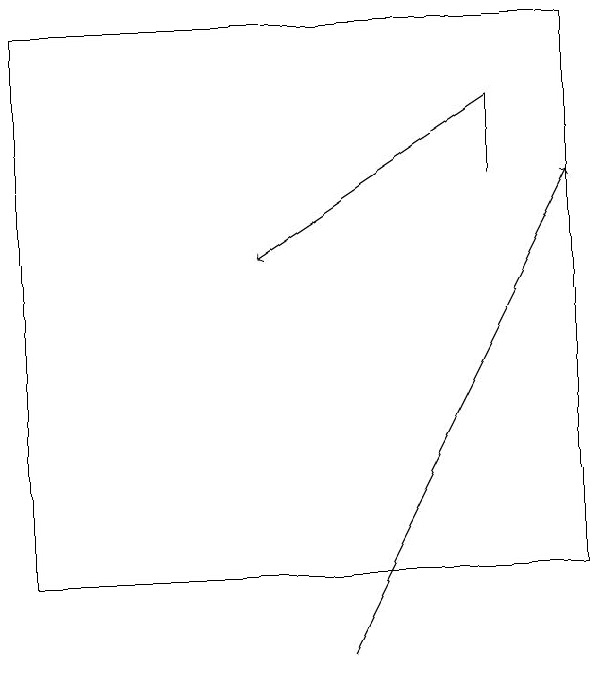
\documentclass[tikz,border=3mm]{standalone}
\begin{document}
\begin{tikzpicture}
\draw (0,18) rectangle (7,11);
\draw[->] (4,10) -- (7,16);
\draw[->] (6,17) -- (3,15);
\draw (6,16) rectangle (6,17);
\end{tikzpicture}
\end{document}